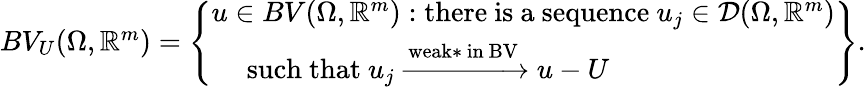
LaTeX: \begin{array}{r}{BV_{U}(\Omega,\mathbb{R}^{m})=\left\{ \begin{array}{l}{u\in BV(\Omega,\mathbb{R}^{m}):\mathrm{there~is~a~sequence~}u_{j}\in\mathcal{D}(\Omega,\mathbb{R}^{m})}\\ {\quad\mathrm{~such~that~}u_{j}\xrightarrow{\mathrm{weak*~in~BV}}u-U}\end{array}\right\} .}\end{array}